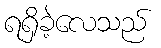
ရရှိခဲ့လေသည်